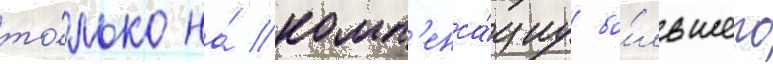
то́лько на́ комп'енса́циу бо́льшего